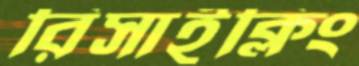
রিসাইক্লিং